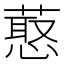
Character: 𰱶